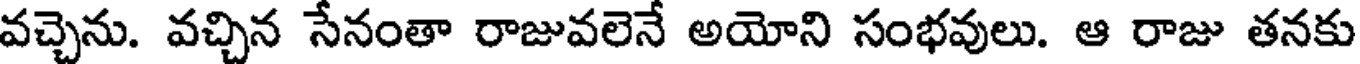
వచ్చెను. వచ్చిన సేనంతా రాజువలెనే అయోని సంభవులు. ఆ రాజు తనకు